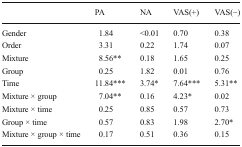
<table><thead><tr><td></td><td><b>PA</b></td><td><b>NA</b></td><td><b>VAS(+)</b></td><td><b>VAS(−)</b></td></tr></thead><tbody><tr><td>Gender</td><td>1.84</td><td>&lt;0.01</td><td>0.70</td><td>0.38</td></tr><tr><td>Order</td><td>3.31</td><td>0.22</td><td>1.74</td><td>0.07</td></tr><tr><td>Mixture</td><td>8.56**</td><td>0.18</td><td>1.65</td><td>0.25</td></tr><tr><td>Group</td><td>0.25</td><td>1.82</td><td>0.01</td><td>0.76</td></tr><tr><td>Time</td><td>11.84***</td><td>3.74*</td><td>7.64***</td><td>5.31**</td></tr><tr><td>Mixture × group</td><td>7.04**</td><td>0.16</td><td>4.23*</td><td>0.02</td></tr><tr><td>Mixture × time</td><td>0.25</td><td>0.85</td><td>0.57</td><td>0.73</td></tr><tr><td>Group × time</td><td>0.57</td><td>0.83</td><td>1.98</td><td>2.70*</td></tr><tr><td>Mixture × group × time</td><td>0.17</td><td>0.51</td><td>0.36</td><td>0.15</td></tr></tbody></table>